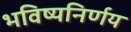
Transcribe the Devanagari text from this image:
भविष्यनिर्णय